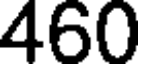
460